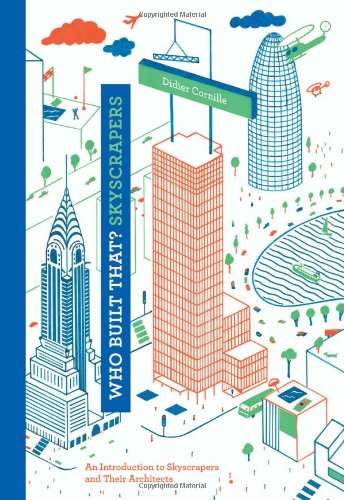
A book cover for Who Built That? Skyscrapers: An Introduction to Skyscrapers and Their Architects; Didier Cornille; Children's Books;